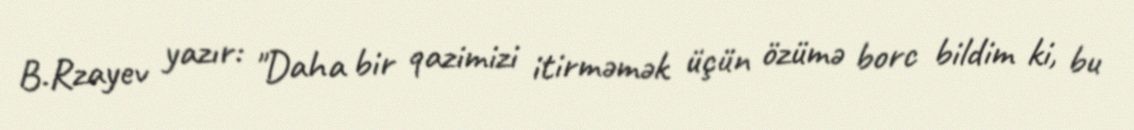
B.Rzayev yazır: "Daha bir qazimizi itirməmək üçün özümə borc bildim ki, bu